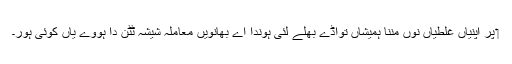
‏ پر اپنیاں غلطیاں نوں مننا ہمیشاں تواڈے بھلے لئی ہوندا اے بھانویں معاملہ شیشہ ٹُٹن دا ہووے یاں کوئی ہور۔